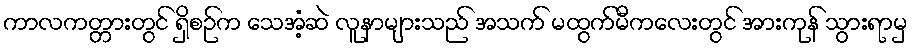
ကာလကတ္တားတွင် ရှိစဉ်က သေအံ့ဆဲ လူနာများသည် အသက် မထွက်မီကလေးတွင် အားကုန် သွားရာမှ